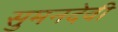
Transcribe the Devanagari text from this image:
सुमनदेवी